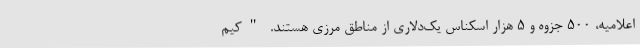
اعلامیه، ۵۰۰ جزوه و ۵ هزار اسکناس یک‌دلاری از مناطق مرزی هستند. "کیم